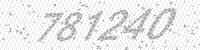
Solution: 781240